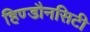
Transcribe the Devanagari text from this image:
हिण्डौनसिटी